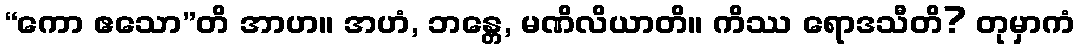
“ကော ဧသော”တိ အာဟ။ အဟံ, ဘန္တေ, မဏိလိယာတိ။ ကိဿ ရောဒသီတိ? တုမှာကံ